Leaving Certificate Examination, 1913
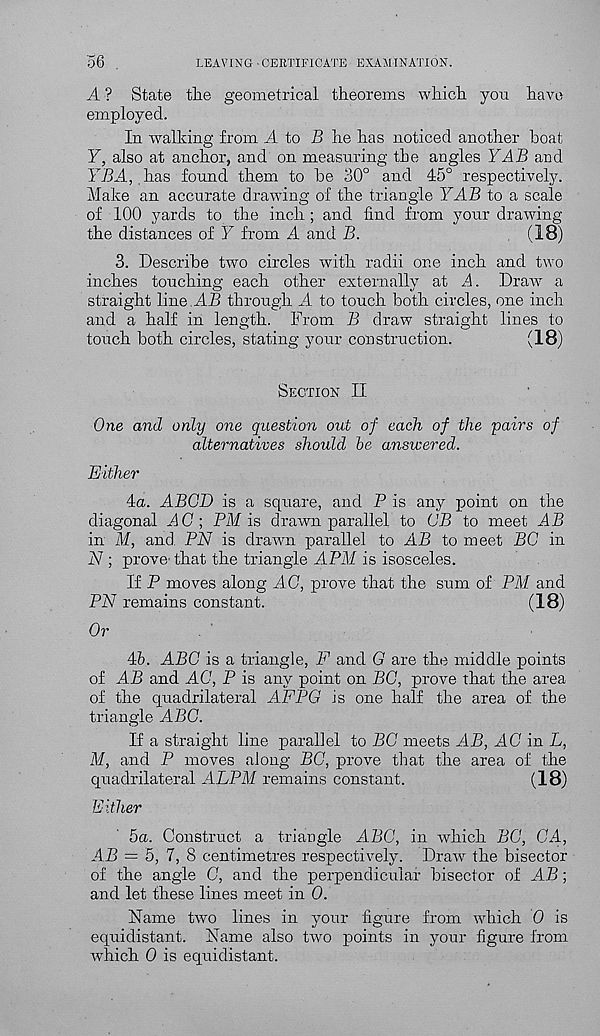
36 ,
LEAVING CERTIFICATE EXAMINATION.
A ? State the geometrical theorems which you have
employed.
In walking from A to B he has noticed another boat
Y, also at anchor, and on measuring the angles YAB and
YBA, has found them to be 30° and 45° respectively.
Make an accurate drawing of the triangle YAB to a scale
of 100 yards to the inch ; and find from your drawing
the distances of Y from A and B.
. (IS)
3. Describe two circles with radii one inch and two
inches touching each other externally at A. Draw a
straight line.MB through A to touch both circles, one inch
and a half in length. From B draw straight lines to
touch both circles, stating your construction.
(18)
Section II
One and only one question out of each of the pairs of
alternatives should be answered.
Either
4a. ABGD is a square, and P is any point on the
diagonal AG; PM is drawn parallel to GB to meet AB
in M, and PN is drawn parallel to AB to meet BG in
N ; prove'that the triangle APM is isosceles.
If P moves along AG, prove that the sum of PM and
PN remains constant.
(18)
Or
Ab. ABC is a triangle, F and G are the middle points
of AB and AG, P is any point on BG, prove that the area
of the quadrilateral AFPG is one half the area of the
triangle ABC.
If a straight line parallel to BG meets AB, AG in L,
M, and P moves along BG, prove that the area of the
quadrilateral ALPM remains constant.
(18)
Either
5a. Construct a triangle ABC, in which BG, CA,
AB = 5, 7, 8 centimetres respectively. Draw the bisector
of the angle C, and the perpendicular bisector of AB;
and let these lines meet in 0.
Name two lines in your figure from which 0 is
equidistant. Name also two points in your figure from
which 0 is equidistant.